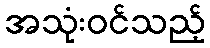
အသုံးဝင်သည့်